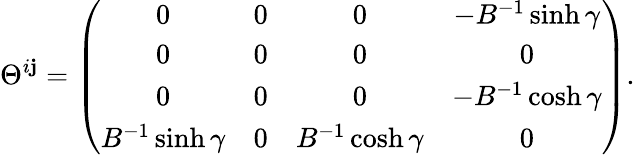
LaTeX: \Theta^{i\mathbf{j}}=\left(\begin{array}{cccc}{{0}}&{{0}}&{{0}}&{{-B^{-1}\sinh\gamma}}\\ {{0}}&{{0}}&{{0}}&{{0}}\\ {{0}}&{{0}}&{{0}}&{{-B^{-1}\cosh\gamma}}\\ {{B^{-1}\sinh\gamma}}&{{0}}&{{B^{-1}\cosh\gamma}}&{{0}}\end{array}\right).